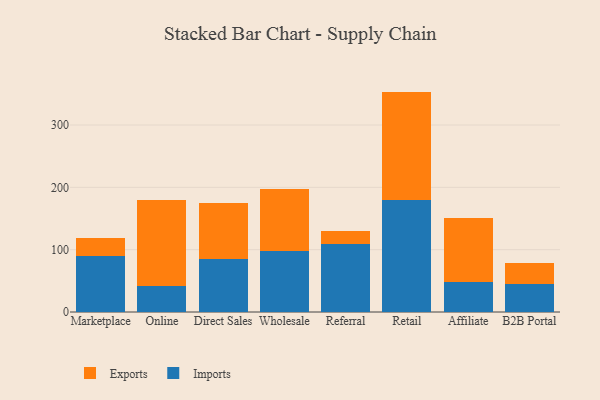
{"axis": {"x": "Channel", "y": "Churn Rate (%)"}, "legend": ["Exports", "Imports"], "data": [{"x": "Marketplace", "y": 89.5, "type": "Imports"}, {"x": "Marketplace", "y": 29.5, "type": "Exports"}, {"x": "Online", "y": 41.8, "type": "Imports"}, {"x": "Online", "y": 137.5, "type": "Exports"}, {"x": "Direct Sales", "y": 85.7, "type": "Imports"}, {"x": "Direct Sales", "y": 88.7, "type": "Exports"}, {"x": "Wholesale", "y": 97.5, "type": "Imports"}, {"x": "Wholesale", "y": 100.0, "type": "Exports"}, {"x": "Referral", "y": 109.3, "type": "Imports"}, {"x": "Referral", "y": 20.4, "type": "Exports"}, {"x": "Retail", "y": 178.9, "type": "Imports"}, {"x": "Retail", "y": 174.7, "type": "Exports"}, {"x": "Affiliate", "y": 48.1, "type": "Imports"}, {"x": "Affiliate", "y": 103.1, "type": "Exports"}, {"x": "B2B Portal", "y": 44.6, "type": "Imports"}, {"x": "B2B Portal", "y": 34.2, "type": "Exports"}]}